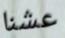
عشنا